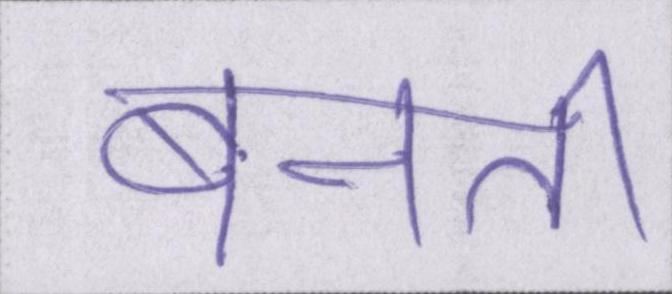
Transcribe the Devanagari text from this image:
बनती